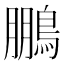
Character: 鵬